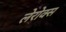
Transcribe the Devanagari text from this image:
लेरोक्स